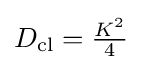
{\textstyle D_{\text{cl}}={\frac {K^{2}}{4}}}